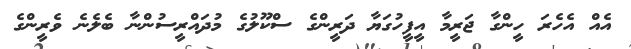
އެއް އެހެރަ ހީންގާ ޖަރީމާ އީފީހުގަޔާ ދަރީންގެ ސްކޫލުގެ މުދައްރީސުންނާ ބެލެނެ ވެރީންގެ